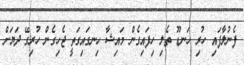
ފެނުލާފައި ހުރި ހަނޑޫ ތެލި ހިފައިގެން މައިޝާ ހިނގައިގަތީ ޖެހިގެން ހުރިގޭ ދަޔަށް